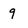
Character: 9